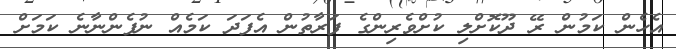
އެހެން ކަމުން ރޭ ދޫކޮށްލި ކުށްވެރިންގެ ފަރާތުން އެފަދަ ކަމެއް ނުފެންނާނެ ކަމަށް